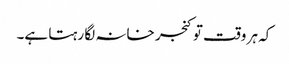
کہ ہر وقت تو کنجر خانہ لگا رہتا ہے۔